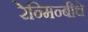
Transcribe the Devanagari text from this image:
रेन्मिन्बीचे